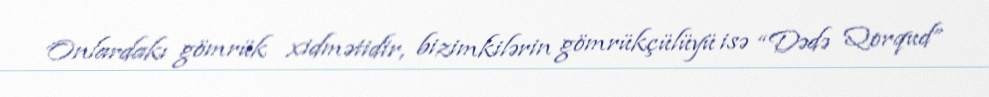
Onlardakı gömrük xidmətidir, bizimkilərin gömrükçülüyü isə “Dədə Qorqud”